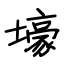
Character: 壕